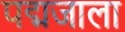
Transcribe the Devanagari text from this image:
पद्मजाला